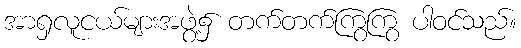
အာရှလူငယ်များအဖွဲ့၌ တက်တက်ကြွကြွ ပါဝင်သည်။